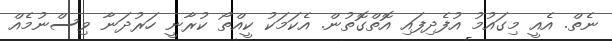
ނެތް. އެއީ މިގައުމު އުފެދިފައި އޮތްގޮތުން. އެކަމަކު ކީއްތޯ ކުރާނީ ހަރުދަނާ ވިސްނުމެއް